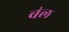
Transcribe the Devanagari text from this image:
ब॑ल